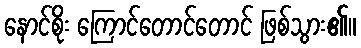
နောင်စိုး ကြောင်တောင်တောင် ဖြစ်သွား၏။